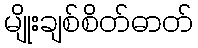
မျိုးချစ်စိတ်ဓာတ်